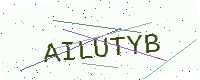
Text: AILUTYB